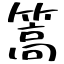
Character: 篙